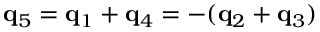
{ \bf q } _ { 5 } = { \bf q } _ { 1 } + { \bf q } _ { 4 } = - ( { \bf q } _ { 2 } + { \bf q } _ { 3 } )